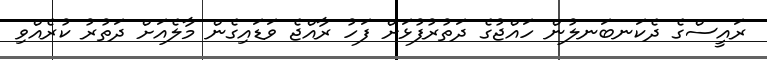
ރައީސްގެ ދެކަނބަނލުން ހައްޖުގެ ދަތުރުފުޅަށް ފަހު ރާއްޖެ ވަޑައިގެން މާލެއަށް ދަތުރު ކުރެއްވި